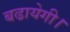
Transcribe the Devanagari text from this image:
बढायेगी।